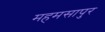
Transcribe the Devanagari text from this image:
महमसापुर